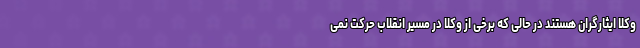
وکلا ایثارگران هستند در حالی که برخی از وکلا در مسیر انقلاب حرکت نمی